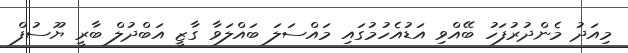
މިއަދު މެންދުރުފަހު ބޭއްވި އަޑުއެހުމުގައި މައްސަލަ ބައްލަވާ ގާޒީ އަބްދުލް ބާރީ ޔޫސުފް